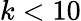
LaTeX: k<10